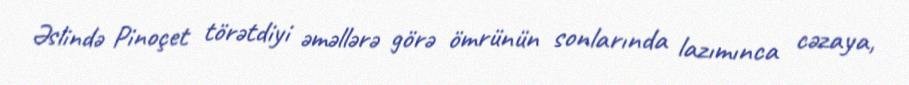
Əslində Pinoçet törətdiyi əməllərə görə ömrünün sonlarında lazımınca cəzaya,